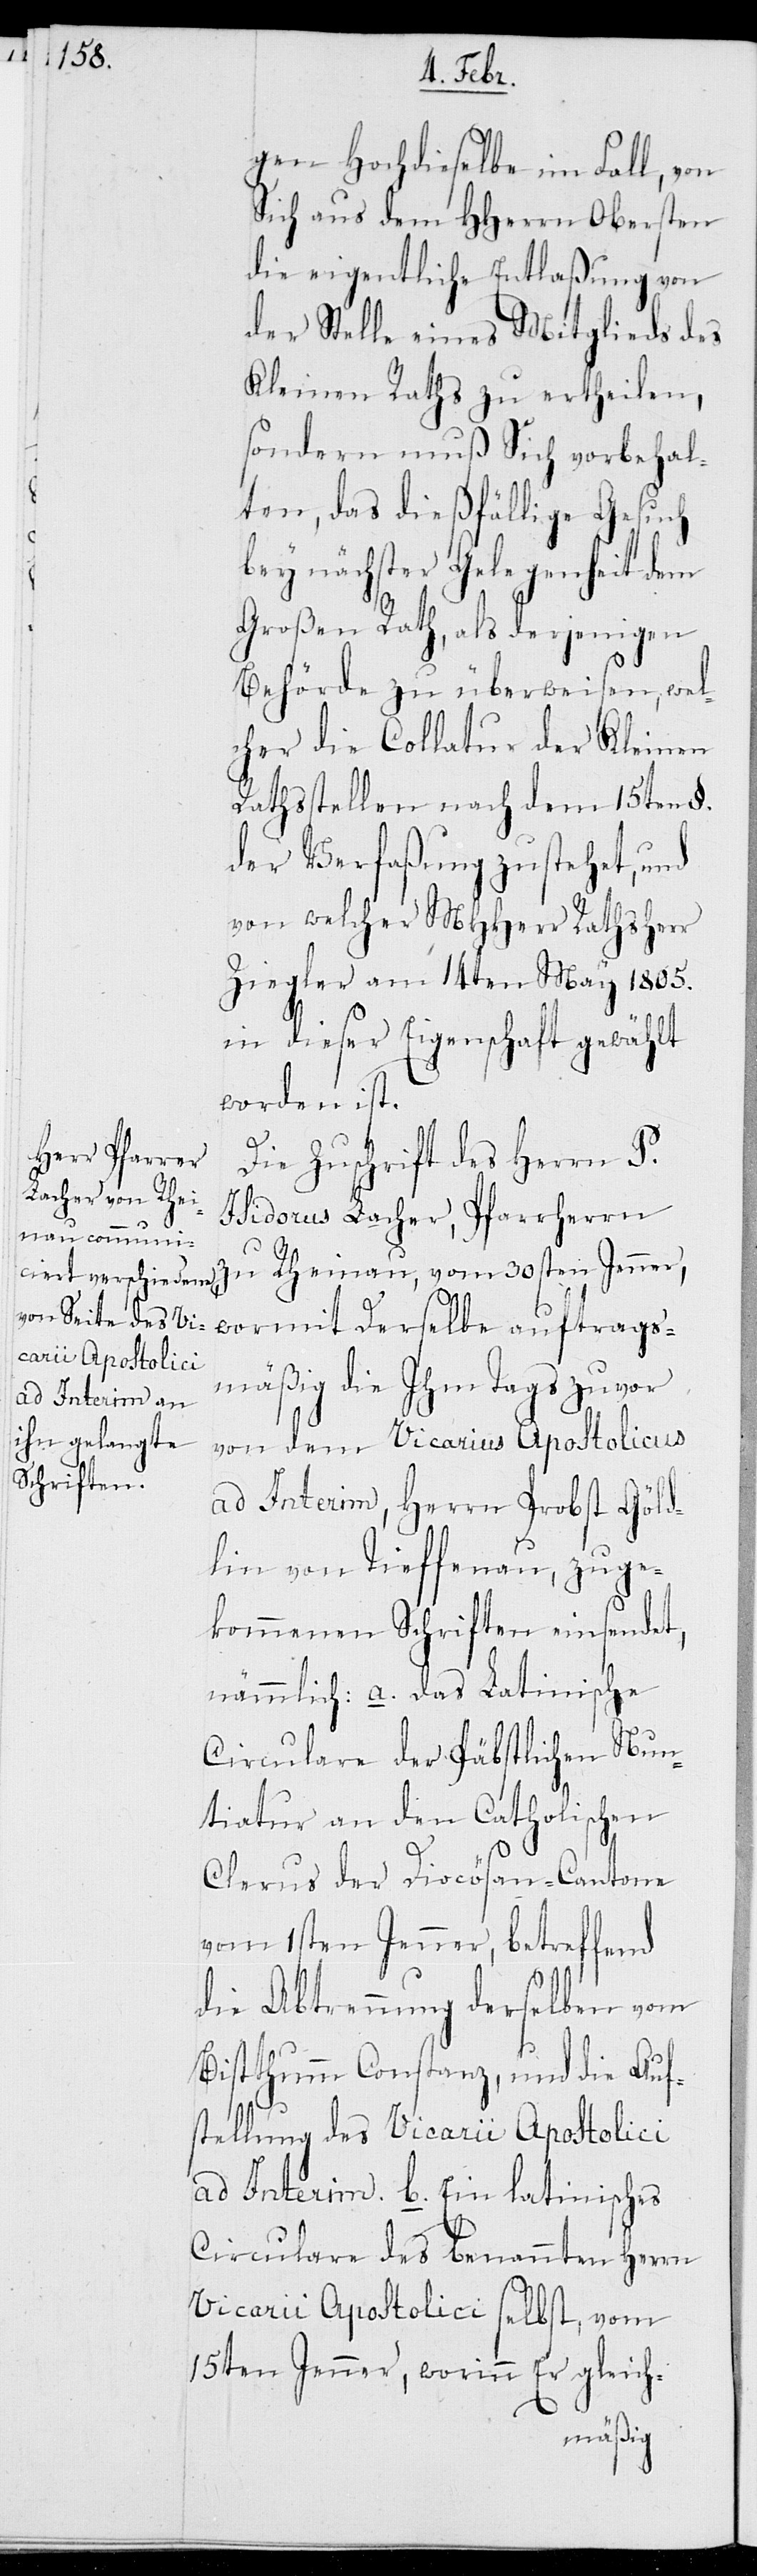
gen Hochdieselbe im Fall, von
Sich aus dem HHerrn Obersten
die eigentliche Entlaßung von
der Stelle eines Mitglieds des
Kleinen Raths zu ertheilen,
sondern muß Sich vorbehal¬
ten, das dießfällige Gesuch
bey nächster Gelegenheit dem
Großen Rath, als derjenigen
Behörde zu überweisen, wel¬
cher die Collatur der Kleinen
Rathsstellen nach dem 15ten §.
der Verfaßung zustehet, und
von welcher MHHerr Rathsherr
Ziegler am 14ten März 1805.
in dieser Eigenschaft gewählt
worden ist.
Die Zuschrift des Herrn P.
Isidorus Lacher, Pfarrherrn
zu Rheinau, vom 30sten Jenner,
wormit Derselbe auftrags¬
mäßig die Ihm Tags zuvor
von dem Vicarius Apostolicus
ad Interim, Herrn Probst Göld¬
lin von Tieffenau, zuge¬
kommenen Schriften einsendet,
nämmlich: a. das Latinische
Circulare der Päbstlichen Nun¬
tiatur an den Catholischen
Clerus der Diocösan-Cantone
vom 1sten Jenner, betreffend
die Abtrennung derselben vom
Bistthumm Constanz, und die Auf¬
stellung des Vicarii Apostolici
ad Interim. b. Ein latinisches
Circulare des benannten Herrn
Vicarii Apostolici selbst, vom
15ten Jenner, worinn Er gleich-